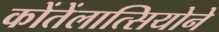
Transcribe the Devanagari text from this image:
कोंतेंलात्सियोने